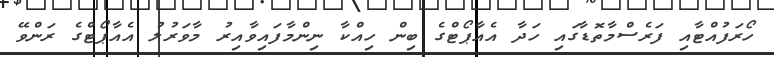
ހޯރަފުއްޓާއި ފަރެސްމާތޮޑާގައި ހަދާ އެއާޕޯޓްގެ ބިން ހިއްކާ ނިންމާފައިވާއިރު މާވަރުލު އެއާޕޯޓްގެ ރަންވޭ